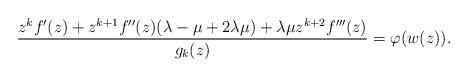
LaTeX: \begin{align*}\frac{z^kf'(z)+ z^{k+1}f''(z)(\lambda-\mu+2\lambda\mu)+\lambda\mu z^{k+2}f'''(z)}{g_k(z)}=\varphi(w(z)).\end{align*}